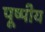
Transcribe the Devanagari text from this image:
पूष्पीय